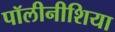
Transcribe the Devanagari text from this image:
पॉलीनीशिया